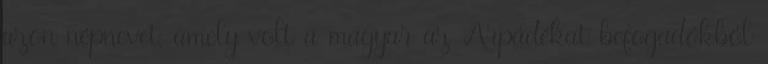
azon népnevet, amely volt a magyar az Arpádékat befogadókból